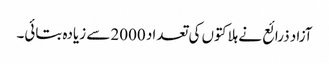
آزاد ذرائع نے ہلاکتوں کی تعداد 2000 سے زیادہ بتائی۔